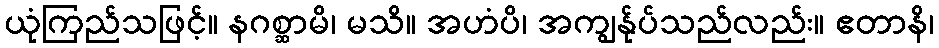
ယုံကြည်သဖြင့်။ နဂစ္ဆာမိ၊ မသိ။ အဟံပိ၊ အကျွန်ုပ်သည်လည်း။ ဧတာနိ၊